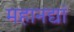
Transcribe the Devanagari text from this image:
महानद्यां